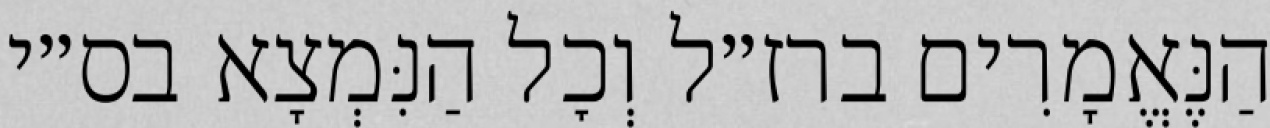
הַנֶּאֱמָרִים ברז״ל וְכׇל הַנִּמְצָא בס״י